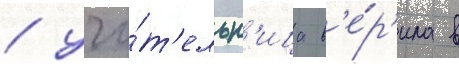
/ учи́т'ельн'ица в'е́р'ила в